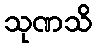
သုဏသိ